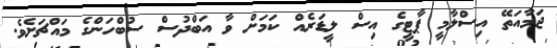
ޖަމާއަތޭ އިސްލާމީ ޕާޓީގެ އިސް ލީޑަރެއް ކަމަށް ވާ އަބްދުސް ސުބްހަންގެ މައްޗަށެވެ.